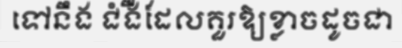
ទៅនឹង ជំងឺដែលគួរឱ្យខ្លាចដូចជា